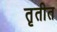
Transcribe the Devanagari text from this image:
तृतीत